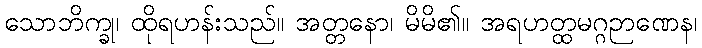
သောဘိက္ခု၊ ထိုရဟန်းသည်။ အတ္တနော၊ မိမိ၏။ အရဟတ္ထမဂ္ဂဉာဏေန၊